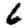
Digit: 6